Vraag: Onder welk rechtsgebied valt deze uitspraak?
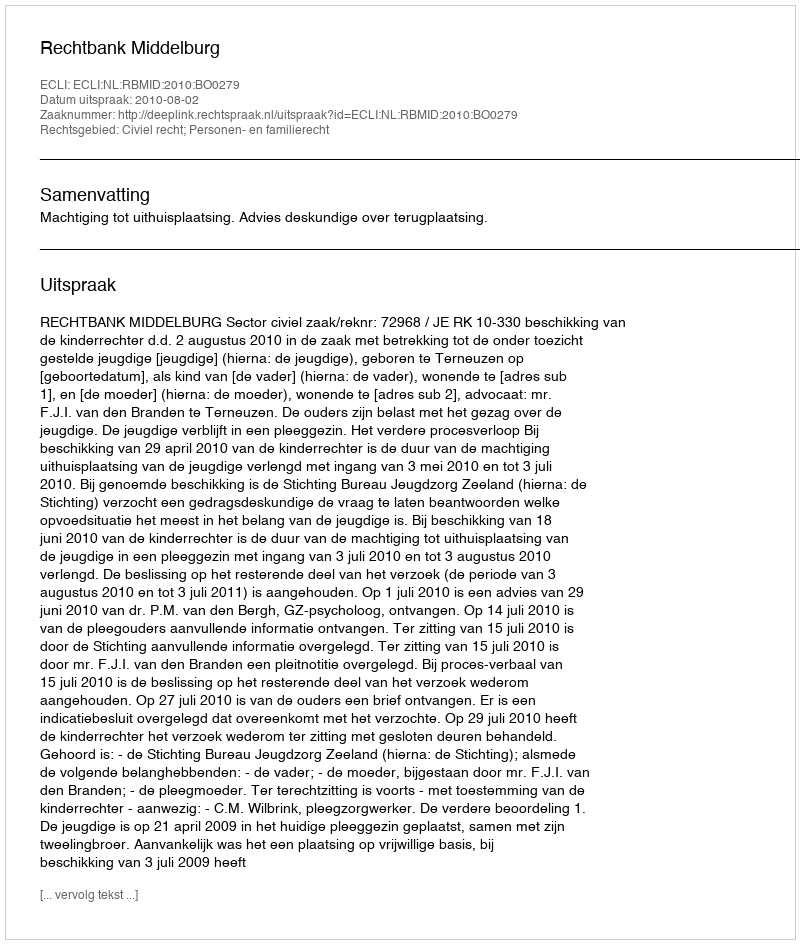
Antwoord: Civiel recht; Personen- en familierecht